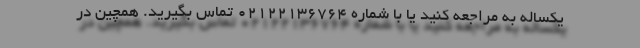
یکساله به مراجعه کنید یا با شماره 02122136764 تماس بگیرید. همچین در